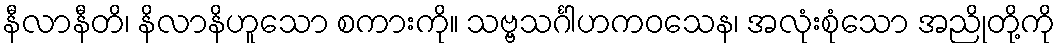
နီလာနီတိ၊ နိလာနိဟူသော စကားကို။ သဗ္ဗသင်္ဂါဟကဝသေန၊ အလုံးစုံသော အညိုတို့ကို